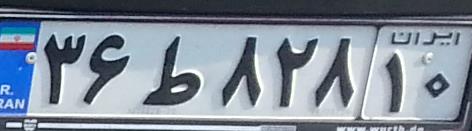
۳۶ط۸۲۸۱۰